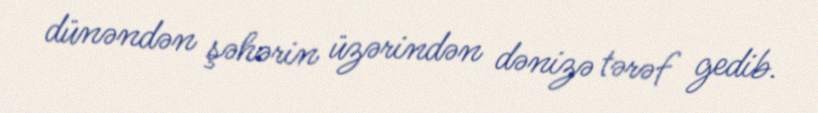
dünəndən şəhərin üzərindən dənizə tərəf gedib.